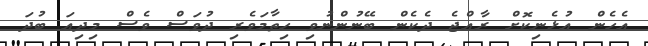
އެހެން އުޅެނިކޮށް ރާއްޖެ ދެކެން ބޭނުންނުވި ހިތާމަވެރި ދުވަސް ވެސް މިދިއަ ބުދަ